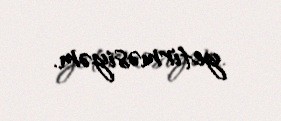
yetirməsiyəm.